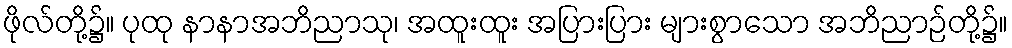
ဖိုလ်တို့၌။ ပုထု နာနာအဘိညာသု၊ အထူးထူး အပြားပြား များစွာသော အဘိညာဉ်တို့၌။